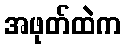
အဖုတ်ထဲက